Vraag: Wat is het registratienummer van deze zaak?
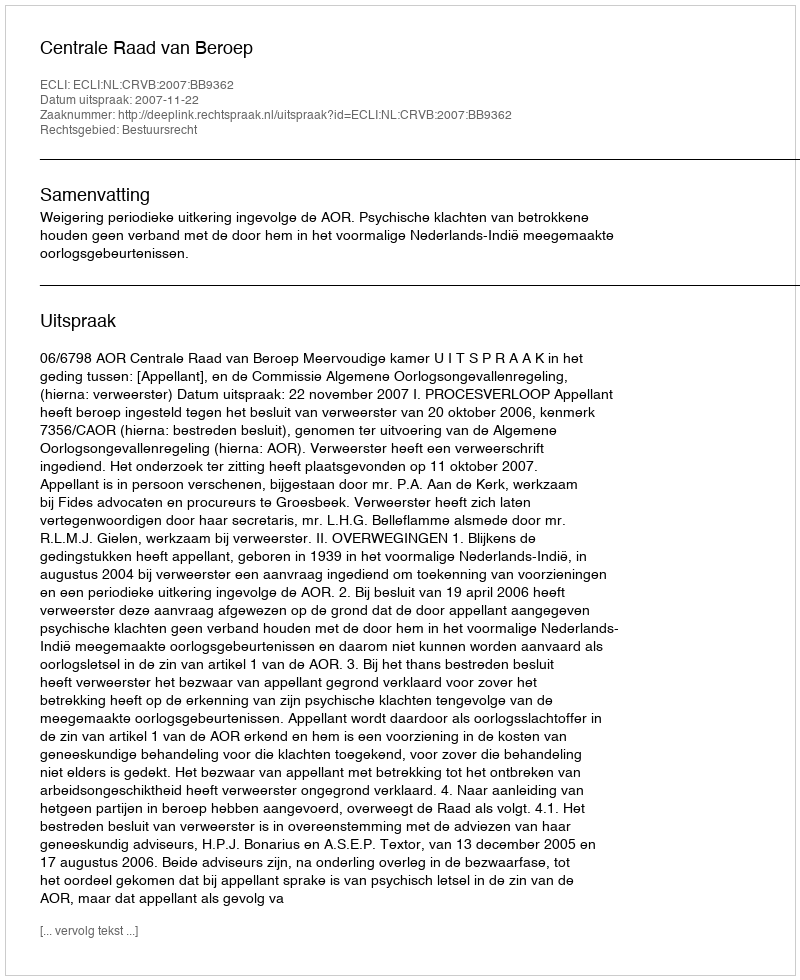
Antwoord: http://deeplink.rechtspraak.nl/uitspraak?id=ECLI:NL:CRVB:2007:BB9362